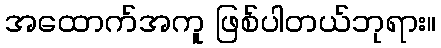
အထောက်အကူ ဖြစ်ပါတယ်ဘုရား။